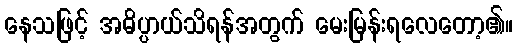
နေသဖြင့် အဓိပ္ပာယ်သိရန်အတွက် မေးမြန်းရလေတော့၏။